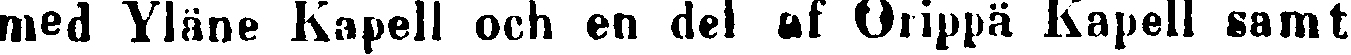
med Yläne Kapell och en del af Orippä Kapell samt